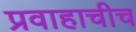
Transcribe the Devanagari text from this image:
प्रवाहाचीच